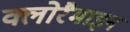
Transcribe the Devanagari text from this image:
क्लोरैमाइन